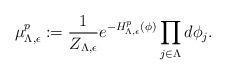
LaTeX: \begin{align*}\mu^p_{\Lambda, \epsilon} := \frac{1}{Z_{\Lambda,\epsilon}}e^{-H^p_{\Lambda, \epsilon}(\phi)}\prod_{j \in \Lambda}d\phi_j.\end{align*}